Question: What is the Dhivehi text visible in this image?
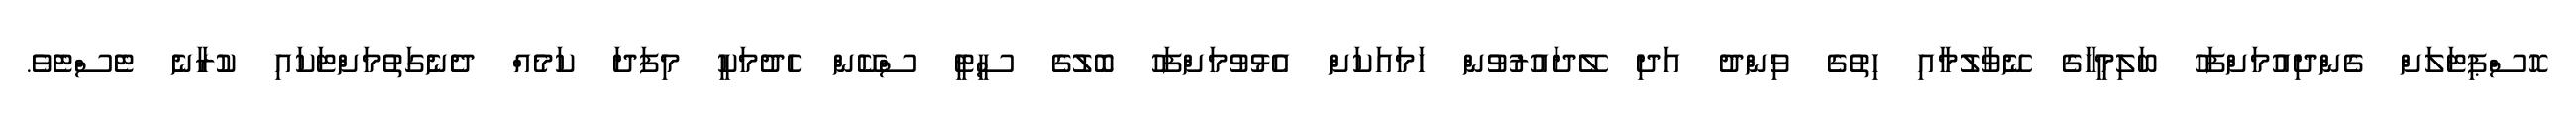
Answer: ހޮސްޕިޓަލަށް ގެންދިއުމަށްފަހު ބަލިމީހާގެ ނޭވާލުމާއި ހިތުގެ ވިންދު އަދި ލޭދައުރުވުން ހަމައަކަށް އެޅުވުމަށްފަހު ބޮލުގެ ސީޓީ ސްކޭން ހެދުމަކީ މިފަދަ ކަމެއް ދެނެގަތުމަށްޓަކައި ކުރާނެ ޓެސްޓެވެ.